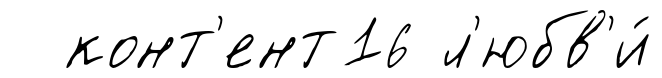
конт'ент16 л'юбв'и́